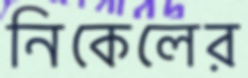
নিকেলের